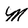
Character: M